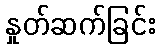
နှုတ်ဆက်ခြင်း